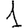
Digit: 1